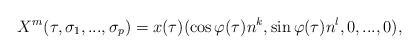
\begin{align*}X^{m}(\tau ,\sigma _{1},...,\sigma _{p})=x(\tau )(\cos \varphi (\tau )n^{k},\sin \varphi (\tau )n^{l},0,...,0),\end{align*}